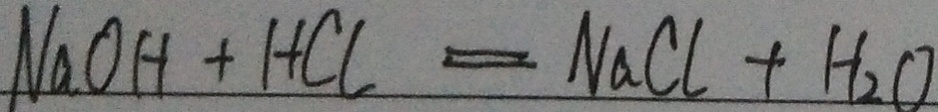
N a O H + H C l = N a C l + H _ { 2 } O